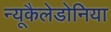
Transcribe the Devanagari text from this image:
न्यूकैलेडोनिया